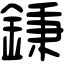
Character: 𨧺